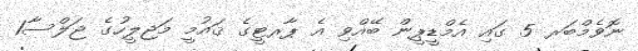
ނޮވެމްބަރ 5 ގައި އެމްޑީޕީން ބޭއްވި އެ ޕާރޓީގެ ޤައުމީ މަޖިލީހުގެ ޖަލްސާ1